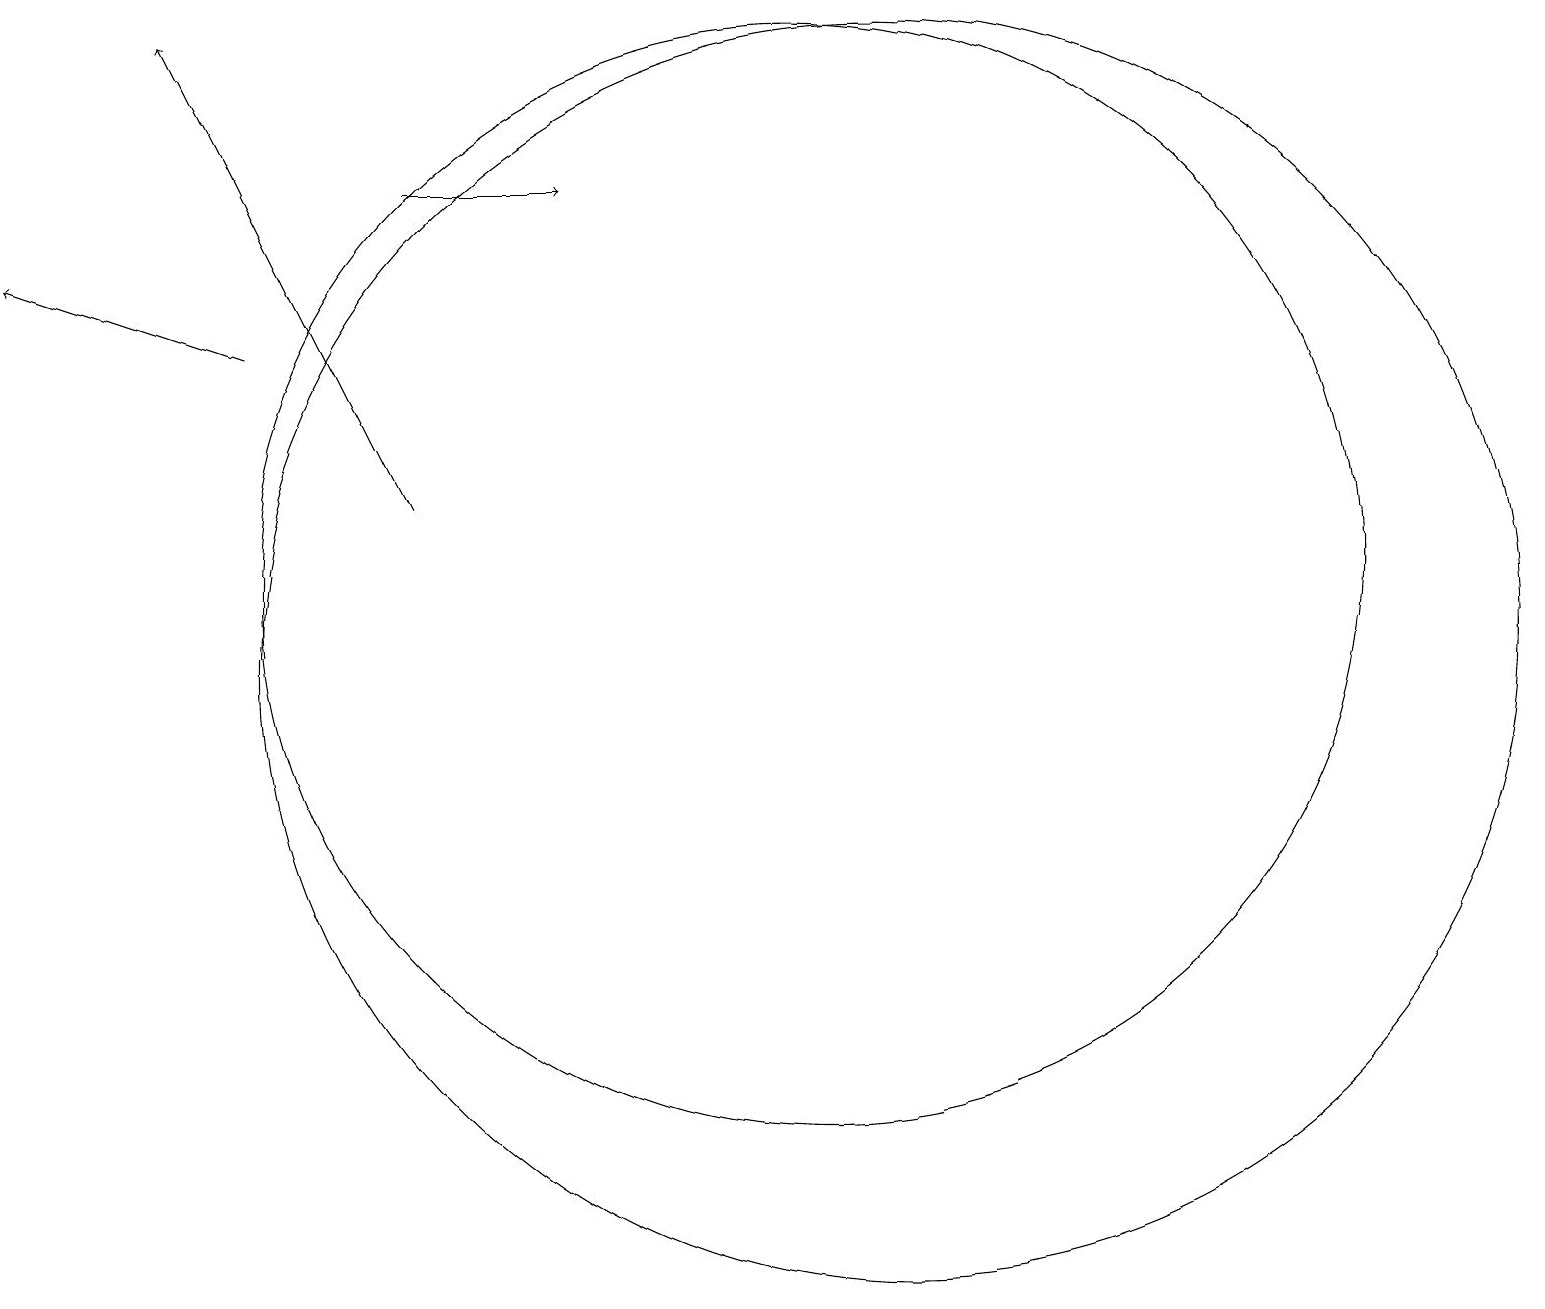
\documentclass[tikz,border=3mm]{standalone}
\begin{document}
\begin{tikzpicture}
\draw (12,10) circle (8);
\draw[->] (6,16) -- (8,16);
\draw[->] (6,12) -- (3,18);
\draw (10,12) circle (0);
\draw (11,11) circle (7);
\draw[->] (4,14) -- (1,15);
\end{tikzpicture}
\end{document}